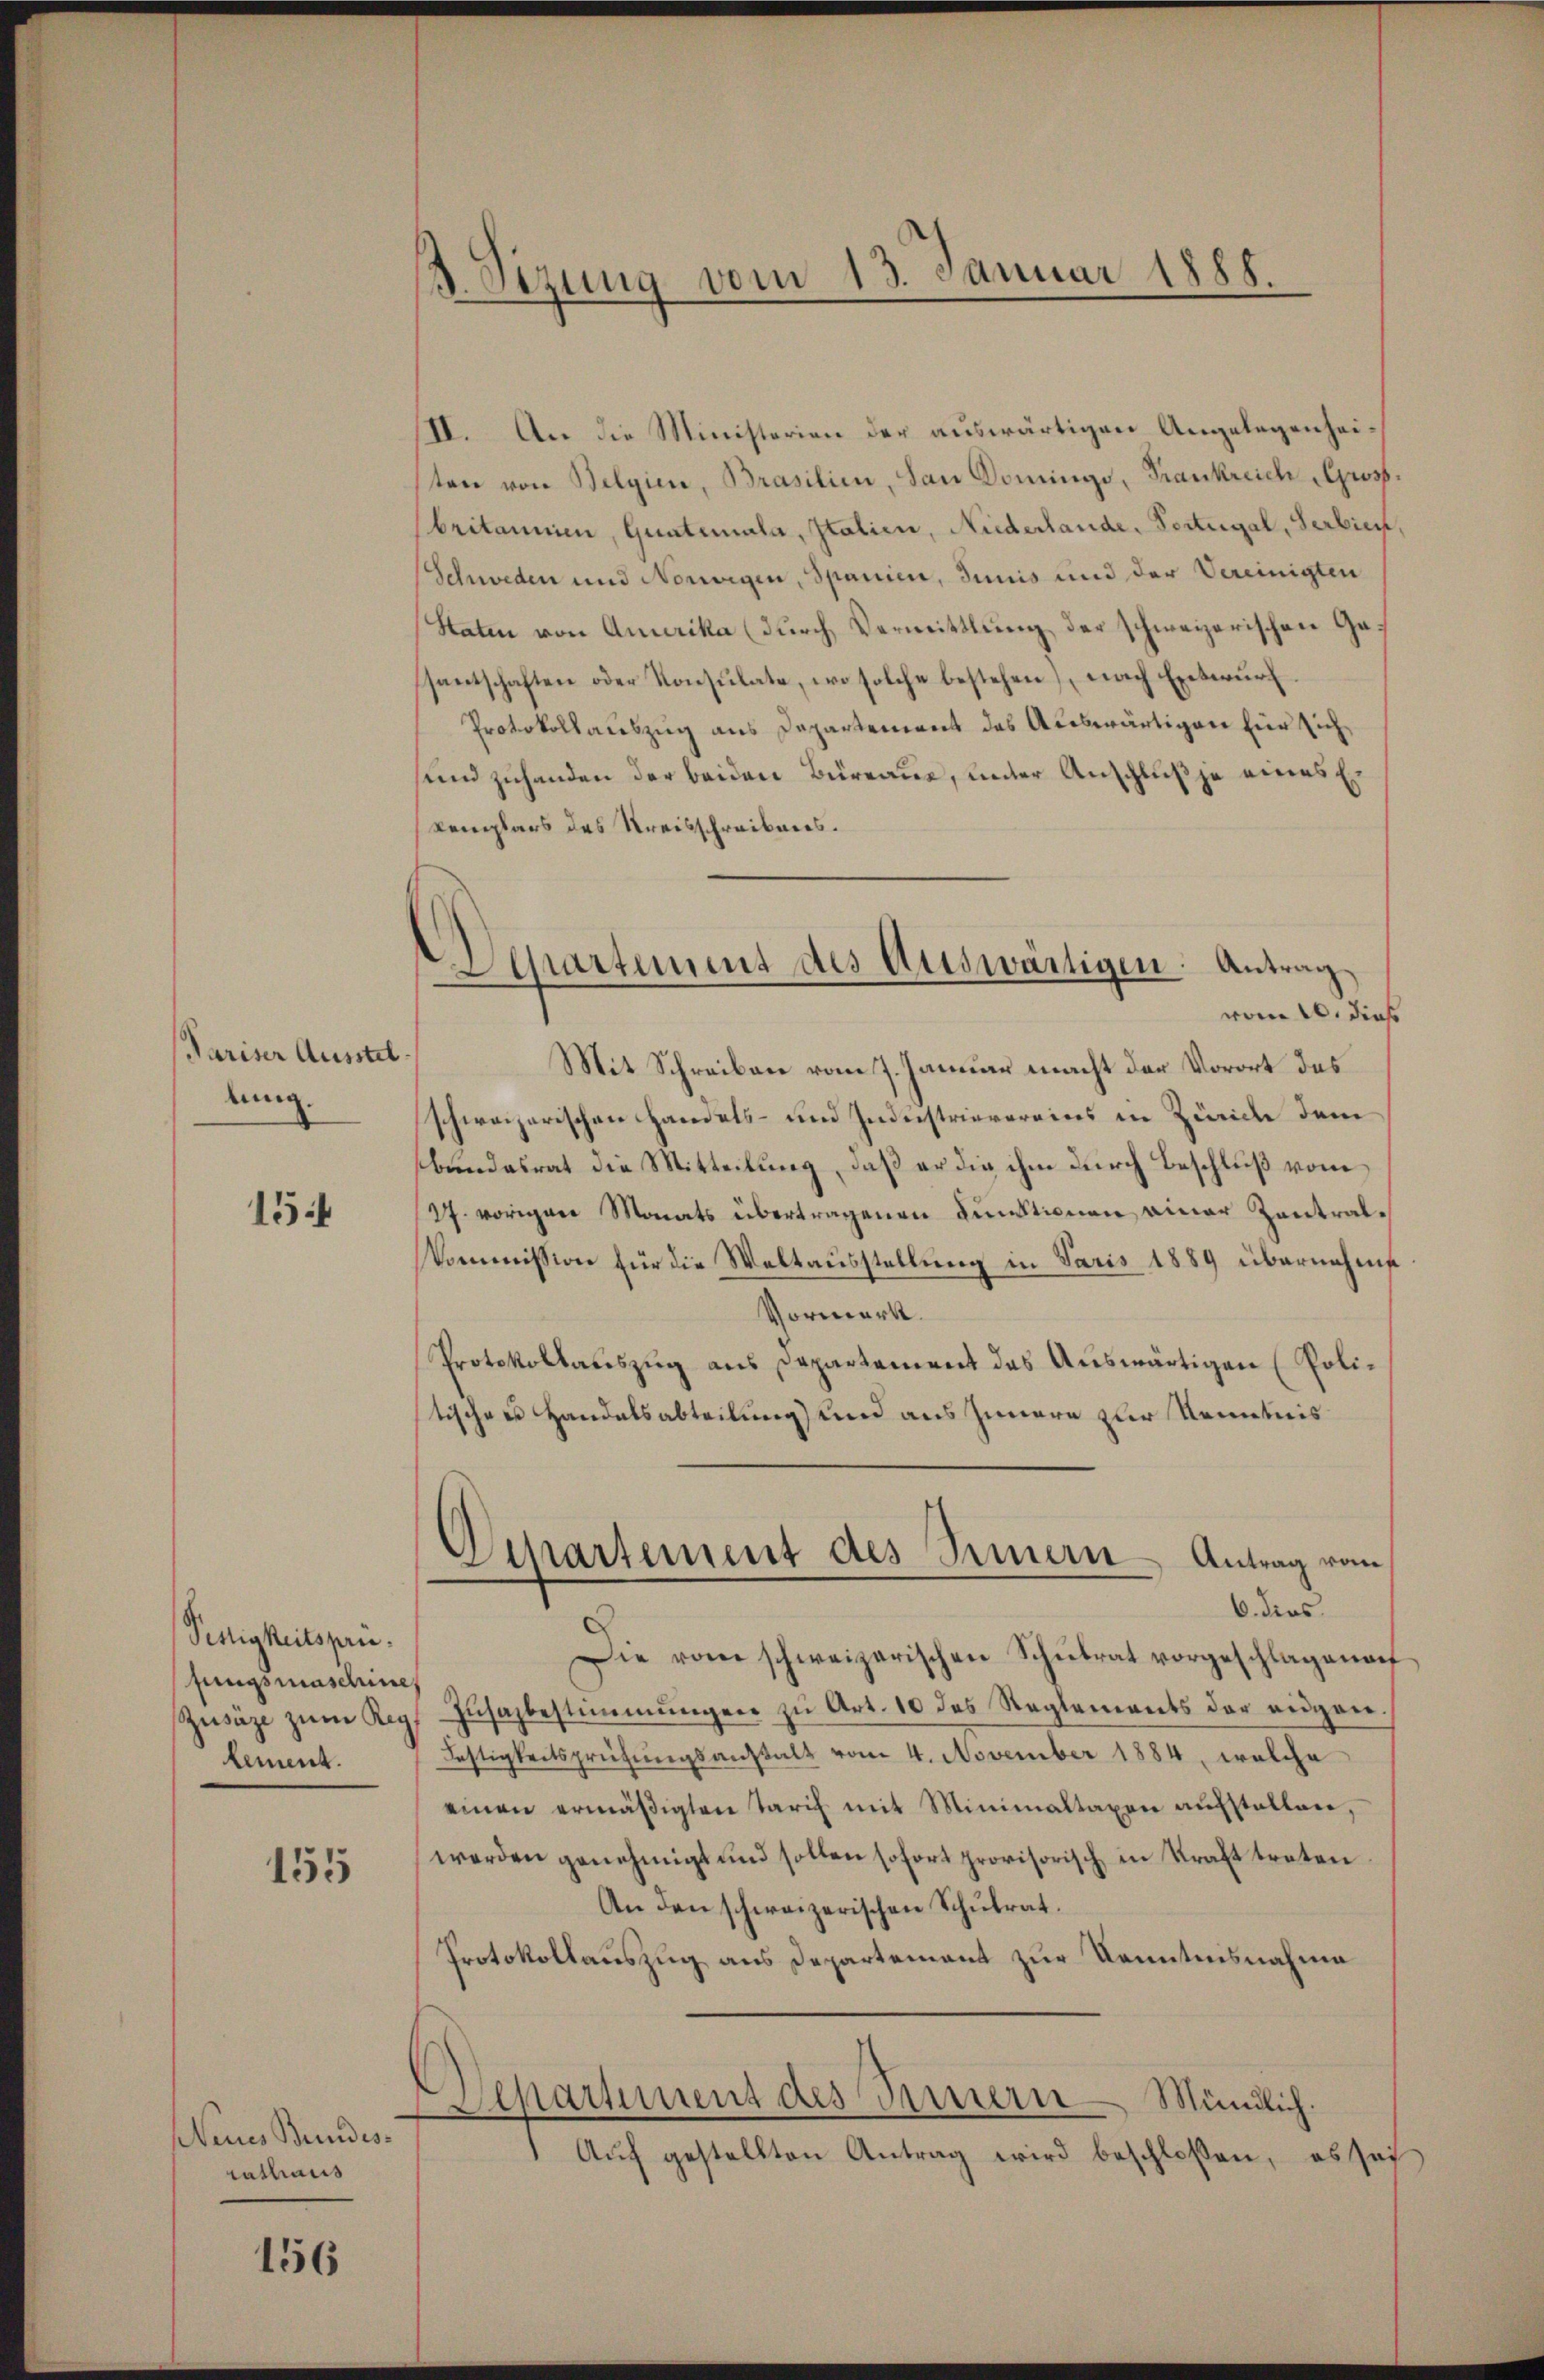
Pariser Ausstel
lung.

154

Pettigkeitsprüfungsmaschine
lement.

155

Neues Bundes
cathaus

156

B. Sizung vom 13. Januar 1888.

Departement des Auswärtigen Antrag

II. An die Ministerien der auswärtigen Angelegenheisten von Belgien, Brasilien, San Dominge, Frankreich Gross.
britannien, Quatemala, Italien, Niederlande, Portergal, Serbier,
(Schweden und Norweigen, Spanien, Junis und der Vereinigten
Staten von Amerika (durch Vermittlung der schweizerischen Gesantschaften oder Konsulate, wo solche bestehen, nach Entwurf
Protokollauszug aus Departement das Auswärtigen für sichsund zuhanden der beiden Büreaue, unter Anschluß je eines Ekemplars des Kreisschreibens.
vom 10. dieß
Mit Schreiben vom 7. Januar macht der Vorort das
schweizerischen Handels- und Industrievereins in Zürich dem
bundesrat die Mitteilung, daß er die ihm durch Beschluß vom
27. vorigen Monats übertragenen Funktionen einer Zentralkommission für die Weltausstellung in Paris 1889 übernehme
Vormerk.
Protokollauszug aus Departement das Auswärtigen (Polistischen Handelsabteilung) und aus Innern zur Kenntnis
Departement des Innern Antrag vom
6. dies
Die vom schweizerischen Schŭlrat vorgeschlagenen
Zusäze zum Reg. Zusazbestimmungen zu Art. 10 des Reglements der eidgen.
Festigkeitsprüfungsanstalt vom 4. November 1884, welche
einen ermäßigten Tarif mit Minimaltaxen aufstellen,
werden genehmigt und sollen sofort provisorisch in Kraft treten.
An den schweizerischen Schulrat.
Protokollauszug aus Departement zur Kenntnisnahme
Department des Innern Mündlich.
Aŭf gestellten Antrag wird beschloßen, es sei